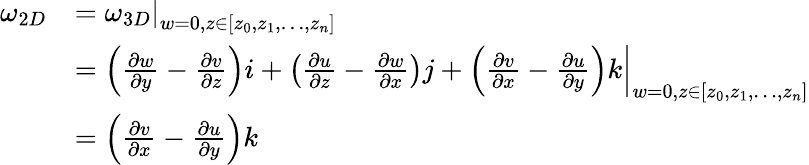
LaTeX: \begin{array}{rl}{\omega_{2D}}&{=\left.\omega_{3D}\right|_{w=0,z\in\lbrack z_{0},z_{1},\ldots,z_{n}\rbrack}}\\ &{=\left.{\left({\frac{\partial w}{\partial y}-\frac{\partial v}{\partial z}}\right)i+\left({\frac{\partial u}{\partial z}-\frac{\partial w}{\partial x}}\right)j+\left({\frac{\partial v}{\partial x}-\frac{\partial u}{\partial y}}\right)k}\right|_{w=0,z\in\lbrack z_{0},z_{1},\ldots,z_{n}\rbrack}}\\ &{=\left({\frac{\partial v}{\partial x}-\frac{\partial u}{\partial y}}\right)k}\end{array}